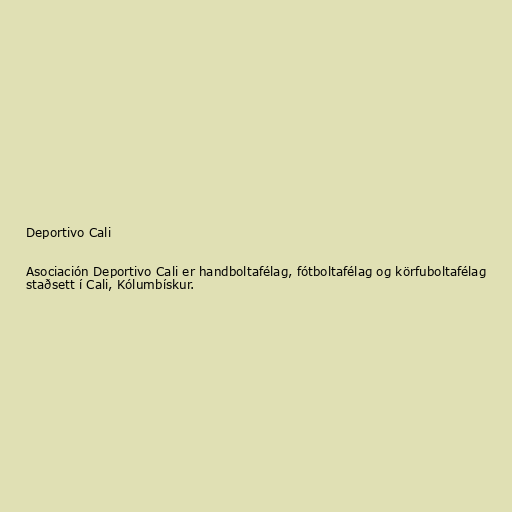
Deportivo Cali

Asociación Deportivo Cali er handboltafélag, fótboltafélag og körfuboltafélag
staðsett í Cali, Kólumbískur.